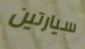
سيارتين